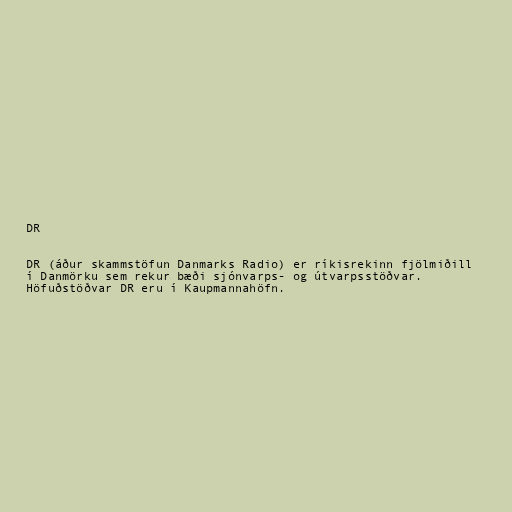
DR

DR (áður skammstöfun Danmarks Radio) er ríkisrekinn fjölmiðill
í Danmörku sem rekur bæði sjónvarps- og útvarpsstöðvar.
Höfuðstöðvar DR eru í Kaupmannahöfn.